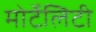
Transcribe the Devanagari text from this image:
मोर्टेलिटी